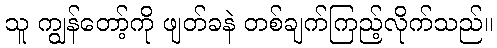
သူ ကျွန်တော့်ကို ဖျတ်ခနဲ တစ်ချက်ကြည့်လိုက်သည်။